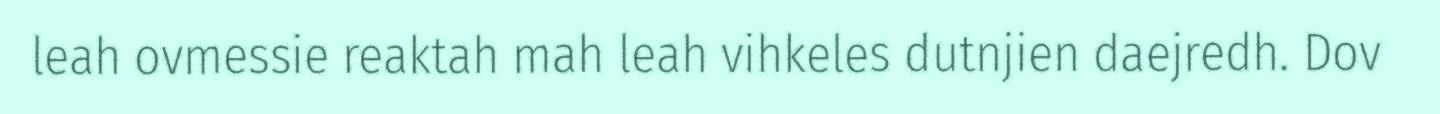
leah ovmessie reaktah mah leah vihkeles dutnjien daejredh. Dov